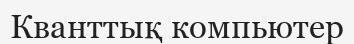
Кванттық компьютер